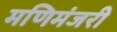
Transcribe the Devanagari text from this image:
मणिमंजरी